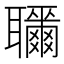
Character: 𦘎